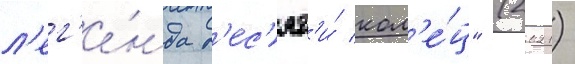
л'ег'е́нда д'ес'ят'и́ кол'е́ц" (2021)